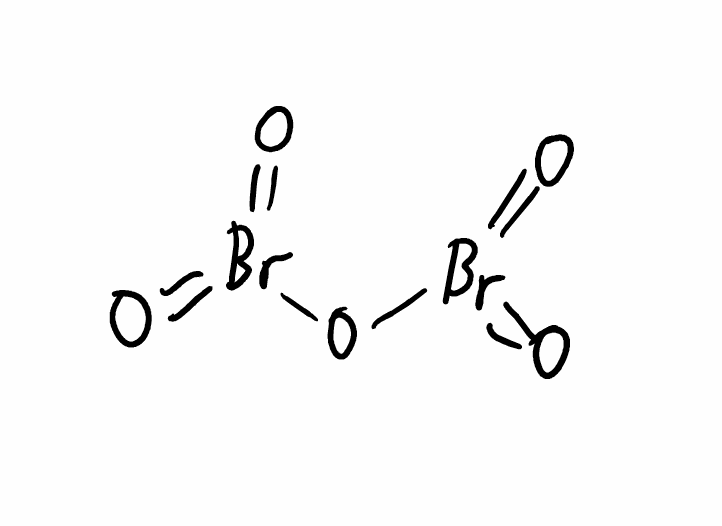
Simplified molecular-input line-entry system (SMILES) notation of the given molecule:
O=Br(=O)OBr(=O)=O